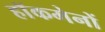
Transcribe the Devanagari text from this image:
हाॅकमेनों